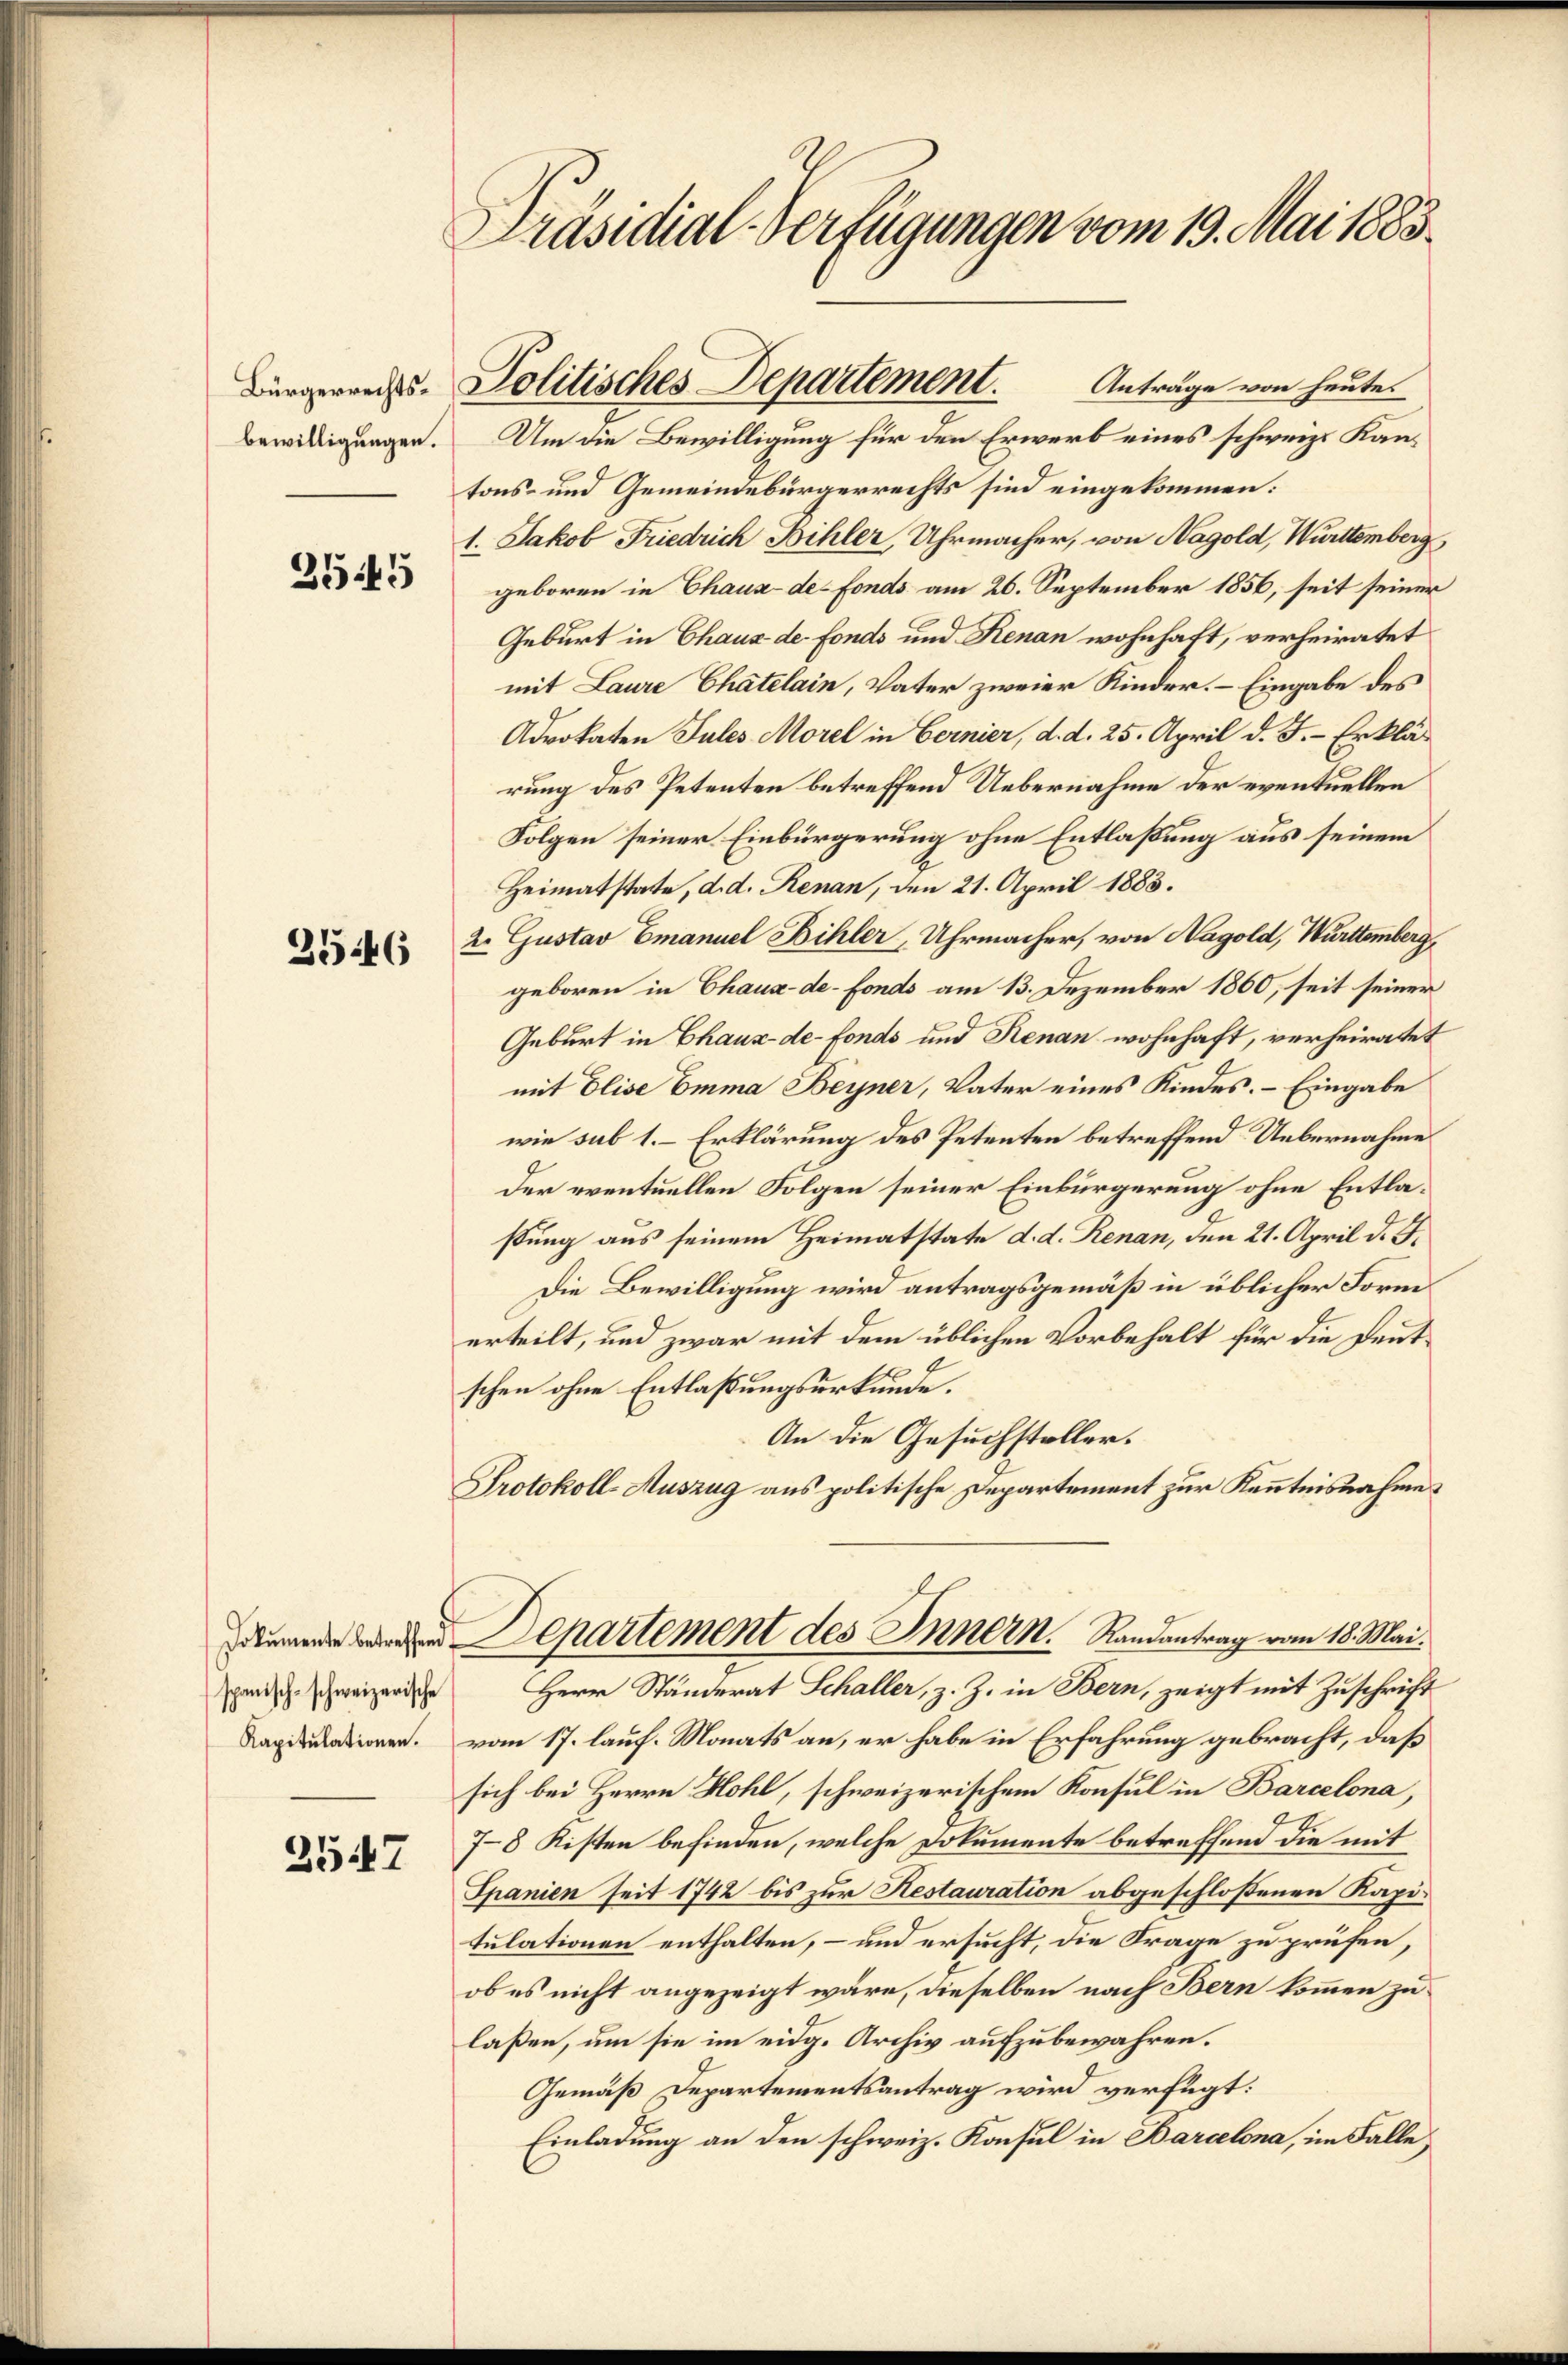
Bürgerrechtsbewilligungen.

2545

25446

spanisch-schweizerische
Kapitulationen.

3547

Präsidial-Verfügungen vom 19. Mai 1883.

Anträge von heute.
Um die Bewilligung für den Erwerb eines schweiz. Kantons- und Gemeindebürgerrechts sind eingekommen:
1. Jakob Friedrich Bihler, Uhrmacher, von Nagold, Württemberg
geboren in Chaux-de-Fonds am 26. September 1856, seit seiner
Geburt in Chaus de fonds und Renan wohnhaft, verheiratet
mit Laure Chatelain, Vater zweier Kinder. – Eingabe des
Advokaten Jules Morel in Bernier, d. d. 25. April d. J.- Erklärung des Petenten betreffend Uebernahme der eventuellen
Folgen seiner Einbürgerung ohne Entlaßung aus seinem
Heimatstate, d. d. Renan, den 21. April 1885.
2. Gustav Emanuel Bihler, Uhrmacher, von Nagold, Württemberg,
geboren in Chaux-de-Fonds am 13. Dezember 1860, seit seiner
Geburt in Chaux-de-Fonds und Renan wohnhaft, verheiratet
mit Elise Emma Beyner, Vater eines Kindes. – Eingabe
wie sub 1.- Erklärung des Petenten betreffend Uebernahme
Der eventuellen Folgen seiner Einbürgerung ohne Entlaßung aus seinem Heimatstate d. d. Renan, den 21. April d. J.
Die Bewilligung wird antragsgemäß in üblicher Form
erteilt, und zwar mit dem üblichen Vorbehalt für die Deutschen ohne Entlassungsurkunde.
An die Gesuchsteller.
Protokoll-Auszug aus politische Departement zur Kenntnisnahme
Departement des Innern. Randantrag vom 18. Mai.
Herr Ständerat Schaller, z. Z. in Bern, zeigt mit Zuschrift
vom 17. lauf. Monats an, er habe in Erfahrung gebracht, daß
sich bei Herrn Hohl, schweizerischem Konsul in Barcelona,
7-8 Kisten befinden, welche Dokumente betreffend die mit
Spanien seit 1742 bis zur Restauration abgeschloßenen Kapitulationen enthalten, – und ersucht, die Frage zu prüfen,
ob es nicht angezeigt wäre, dieselben nach Bern kommen zu
laßen, um sie im eidg. Archiv aufzubewahren.
Gemäß Departementsantrag wird verfügt:
Einladung an den schweiz. Konsul in Barcelona, im Falle

Politisches Departement.